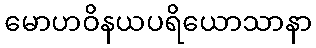
မောဟဝိနယပရိယောသာနာ